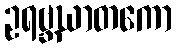
ဥရဗ္ဘဃာတကော